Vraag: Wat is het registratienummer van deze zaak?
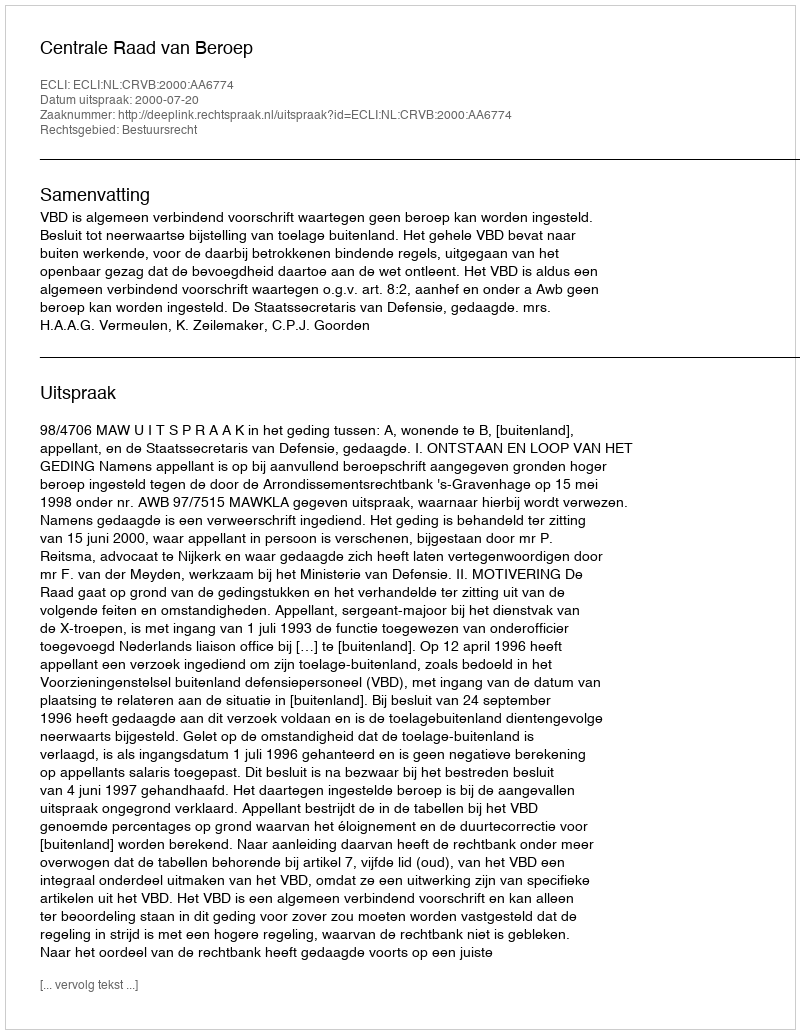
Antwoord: http://deeplink.rechtspraak.nl/uitspraak?id=ECLI:NL:CRVB:2000:AA6774